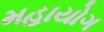
મહાયોગ